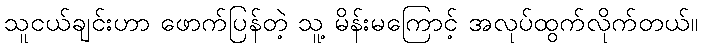
သူငယ်ချင်းဟာ ဖောက်ပြန်တဲ့ သူ့ မိန်းမကြောင့် အလုပ်ထွက်လိုက်တယ်။